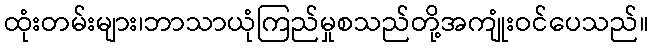
ထုံးတမ်းများ၊ဘာသာယုံကြည်မှုစသည်တို့အကျုံးဝင်ပေသည်။